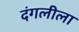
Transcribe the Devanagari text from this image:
दंगलीला